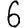
Digit: 6